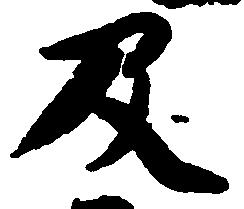
及